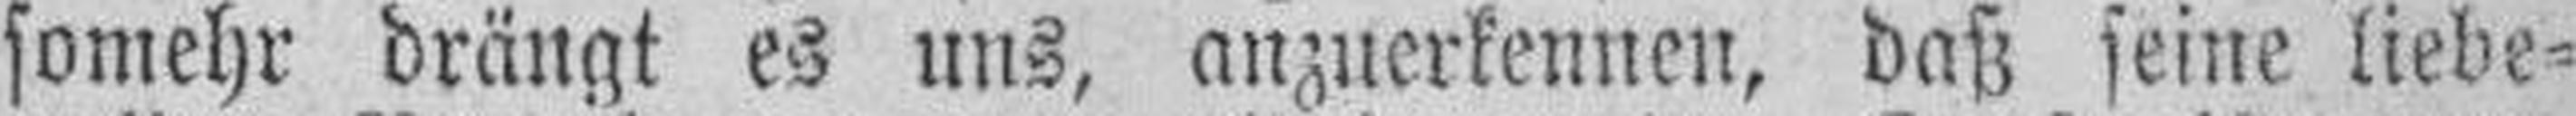
somehr drängt es uns, anzuerkennen, daß seine liebe¬